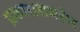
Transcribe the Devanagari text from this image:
प्रकाशशमशेर